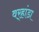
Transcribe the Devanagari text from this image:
वर्‍हांडा